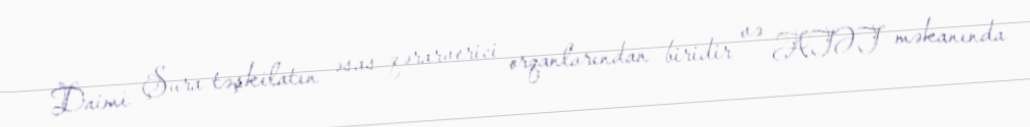
Daimi Şura təşkilatın əsas qərarverici orqanlarından biridir və ATƏT məkanında